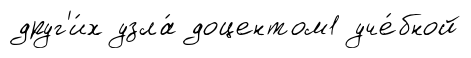
друг'и́х узла́ доцентом1 уче́бной